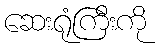
ဆေးရုံကြီးကို